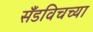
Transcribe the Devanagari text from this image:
सँडविचच्या